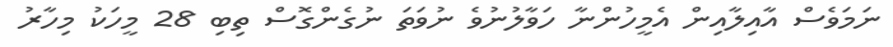
ނަމަވެސް އާއިލާއިން އެމީހުންނާ ހަވާލުނުވެ ނުވަތަ ނުގެންގޮސް ތިބި 28 މީހަކު މިހާރު